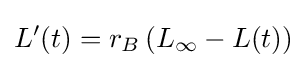
L'(t)=r_{B}\left(L_{\infty }-L(t)\right)